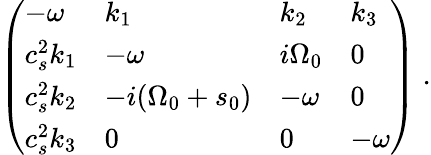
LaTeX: \left(\begin{array}{llll}{-{\omega}}&{k_{1}}&{k_{2}}&{k_{3}}\\ {c_{s}^{2}k_{1}}&{-{\omega}}&{i{\Omega}_{0}}&{0}\\ {c_{s}^{2}k_{2}}&{-i({\Omega}_{0}+s_{0})}&{-{\omega}}&{0}\\ {c_{s}^{2}k_{3}}&{0}&{0}&{-{\omega}}\end{array}\right)\; .